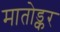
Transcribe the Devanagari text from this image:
मातोड्कर